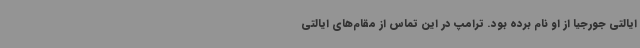
ایالتی جورجیا از او نام برده بود. ترامپ در این تماس از مقام‌های ایالتی